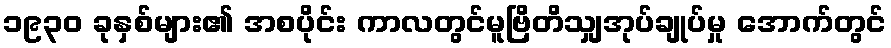
၁၉၃၀ ခုနှစ်များ၏ အစပိုင်း ကာလတွင်မူဗြိတိသျှအုပ်ချုပ်မှု အောက်တွင်